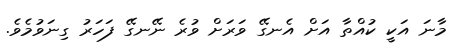
މާނަ އަކީ ކުއްތާ އަށް އެނގޭ ވަރަށް ވުރެ ނޭނގޭ ފަހަރު ގިނަވުމެވެ.